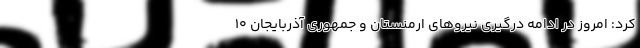
کرد: امروز در ادامه درگیری نیروهای ارمنستان و جمهوری آذربایجان ۱۰